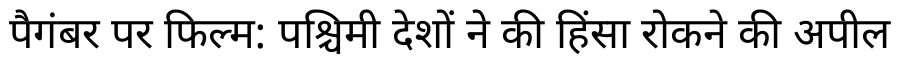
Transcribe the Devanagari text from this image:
पैगंबर पर फिल्म: पश्चिमी देशों ने की हिंसा रोकने की अपील